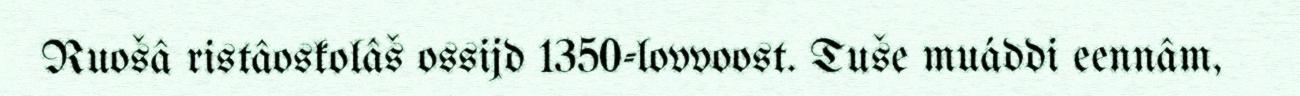
Ruošâ ristâoskolâš ossijd 1350-lovvoost. Tuše muáddi eennâm,